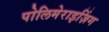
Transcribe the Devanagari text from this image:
पोलिमेराइज़िंग